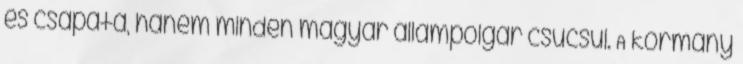
és csapata, hanem minden magyar állampolgár csücsül. A kormány